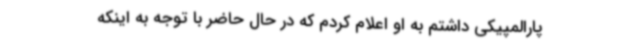
پارالمپیکی داشتم به او اعلام کردم که در حال حاضر با توجه به اینکه